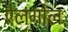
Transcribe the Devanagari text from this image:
ऐलगोल